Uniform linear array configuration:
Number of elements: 12
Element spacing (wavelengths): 0.5
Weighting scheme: hann
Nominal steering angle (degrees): -15
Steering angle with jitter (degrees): -14.486
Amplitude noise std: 0.05
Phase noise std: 0.05

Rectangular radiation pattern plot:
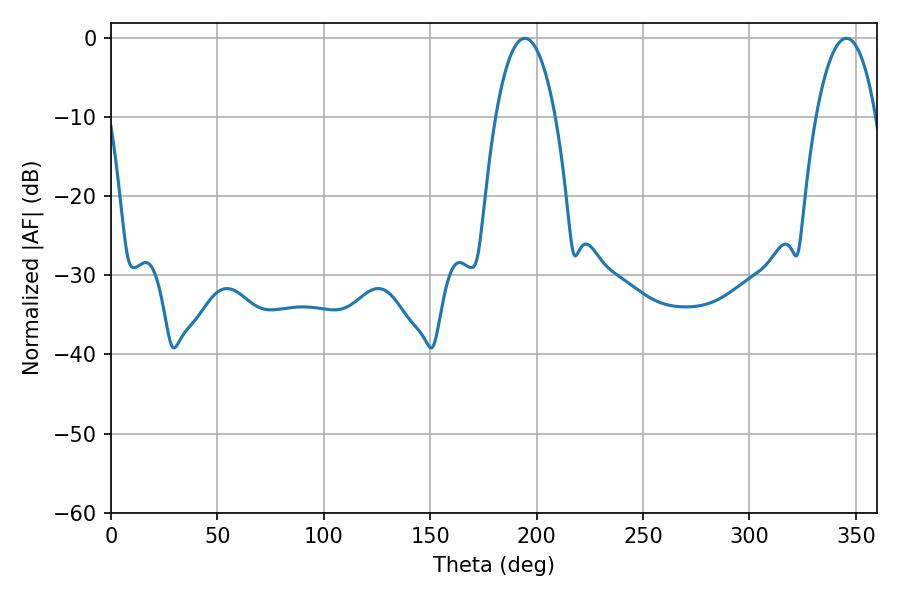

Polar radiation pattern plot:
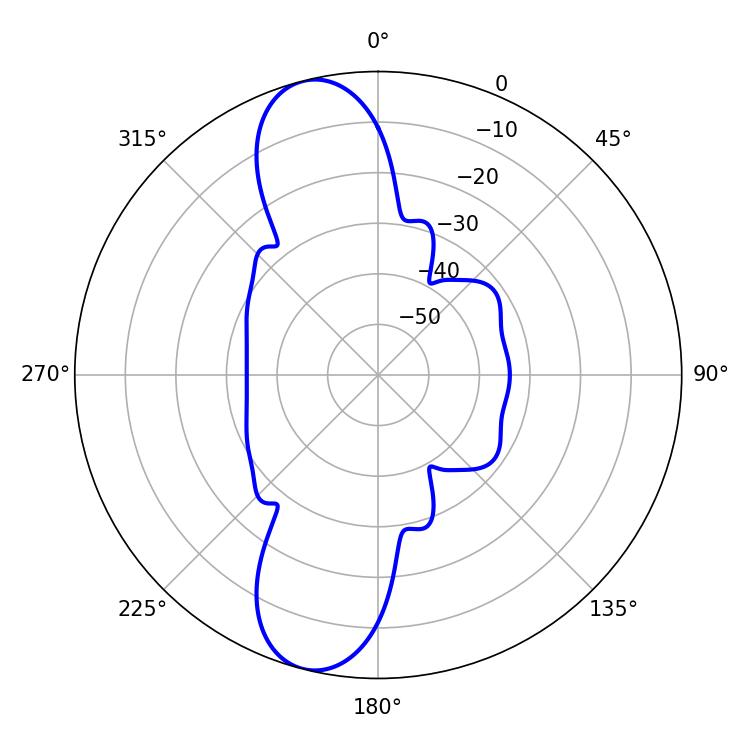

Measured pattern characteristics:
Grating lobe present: FALSE
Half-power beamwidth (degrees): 15.66
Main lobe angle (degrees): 194.4